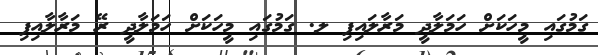
ގަމުގައި މީހަކަށް ހަމަލާދީ މަރާލައިފި ލ. ގަމުގައި މީހަކަށް ހަމަލާދީ ރޭ މަރާލާއިފި